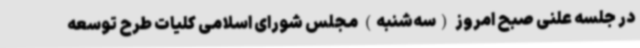
در جلسه علنی صبح امروز (سه‌شنبه) مجلس شورای اسلامی کلیات طرح توسعه